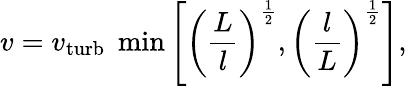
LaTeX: v=v_{\mathrm{turb}}\; \min\left[\left({\frac{L}{l}}\right)^{\frac{1}{2}},\left({\frac{l}{L}}\right)^{\frac{1}{2}}\right],